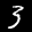
Label: 3